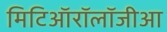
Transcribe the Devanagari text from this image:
मिटिऑरॉलॉजीआ